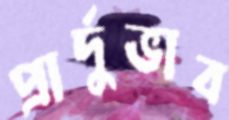
প্রার্দুভাব